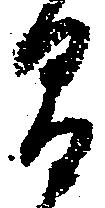
間